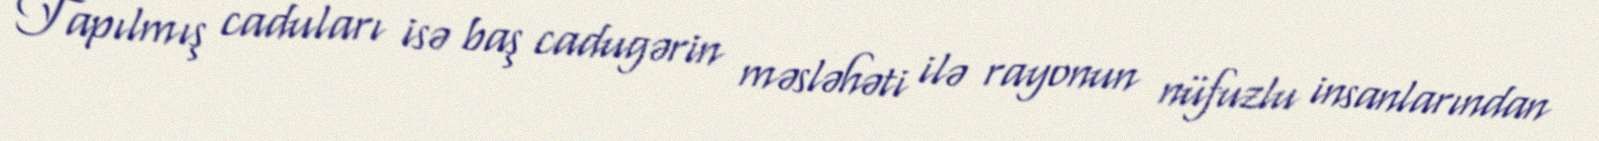
Tapılmış caduları isə baş cadugərin məsləhəti ilə rayonun nüfuzlu insanlarından